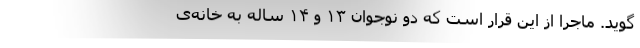
‌گوید. ماجرا از این قرار است که دو نوجوان ۱۳ و ۱۴ ساله به خانه‌ی